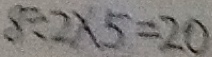
8 \div 2 \times 5 = 2 0